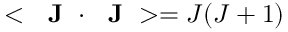
< \mathrm { ~ \bf ~ J ~ } \cdot \mathrm { ~ \bf ~ J ~ } > = J ( J + 1 )